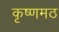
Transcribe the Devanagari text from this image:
कृष्णमठ